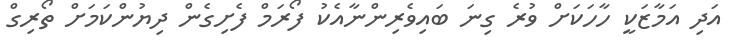
އަދި އަމާޒަކީ ހާހަކަށް ވުރެ ގިނަ ބައިވެރިންނާއެކު ފޯރަމް ފެށިގެން ދިޔުންކަމަށް ތޯރިގް